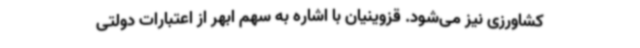
کشاورزی نیز می‌شود. قزوینیان با اشاره به سهم ابهر از اعتبارات دولتی